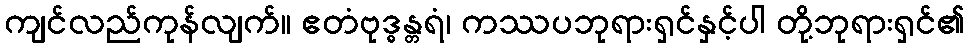
ကျင်လည်ကုန်လျက်။ ဧတံဗုဒ္ဓန္တရံ၊ ကဿပဘုရားရှင်နှင့်ပါ တို့ဘုရားရှင်၏